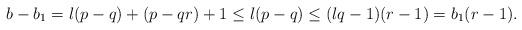
LaTeX: \begin{align*} b-b_1 = l(p-q) + (p-qr) + 1 \leq l(p-q) \leq (lq-1)(r-1) = b_1(r-1). \end{align*}